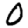
Digit: 0